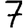
Digit: 7